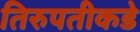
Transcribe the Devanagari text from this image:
तिरुपतीकडे